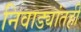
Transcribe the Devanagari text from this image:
निवाड्यांतही